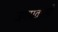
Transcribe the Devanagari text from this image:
जगप्रवासी